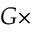
G \times